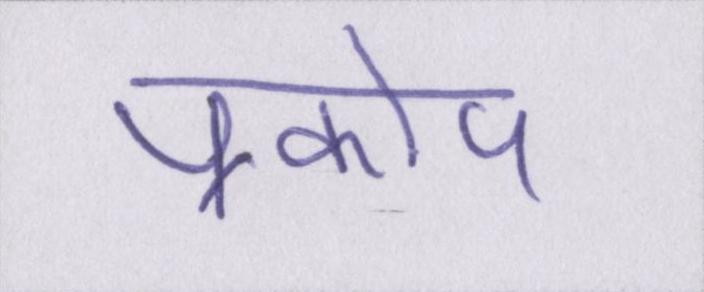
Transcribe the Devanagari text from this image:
प्रकोप